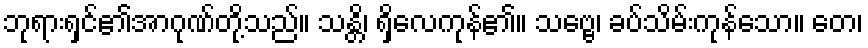
ဘုရားရှင်၏အာဂုဏ်တို့သည်။ သန္တိ၊ ရှိလေကုန်၏။ သဗ္ဗေ၊ ခပ်သိမ်းကုန်သော။ တေ၊